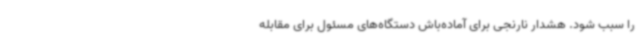
را سبب شود. هشدار نارنجی برای آماده‌باش دستگاه‌های مسئول برای مقابله